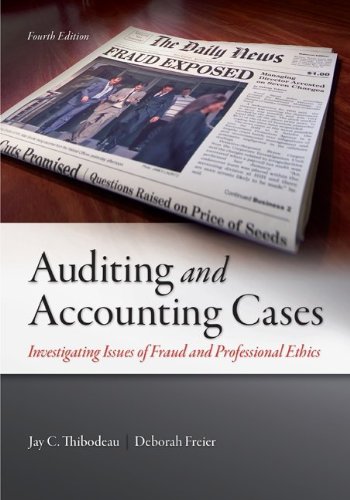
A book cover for Auditing and Accounting Cases: Investigating Issues of Fraud and Professional Ethics; Jay Thibodeau; Business & Money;